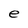
Character: e